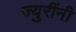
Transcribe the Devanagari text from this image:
ज्युरींनी